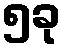
၅ခု